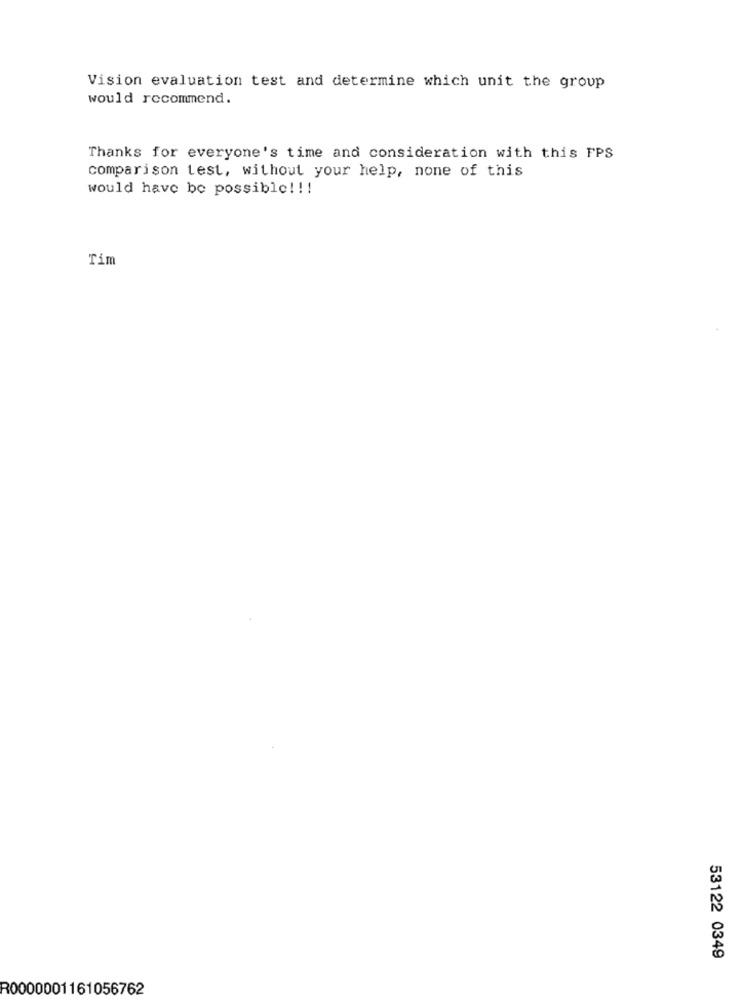
Vision evaluation test and determine which unit the group
would recommend.
Thanks for everyone's time and consideration with this FPS
comparison test, without your help, none of this
would have be possible !!!
Tim
53122 0349
R0000001161056762